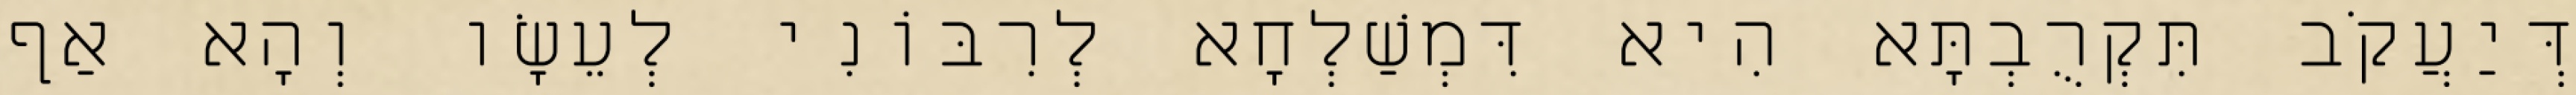
דְּיַעֲקֹב תִּקְרֻבְתָּא הִיא דִּמְשַׁלְחָא לְרִבּוֹנִי לְעֵשָׂו וְהָא אַף